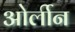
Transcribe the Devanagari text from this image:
ओर्लीन